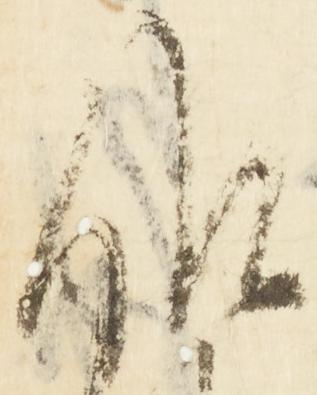
候